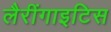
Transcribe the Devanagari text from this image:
लैरींगाइटिस